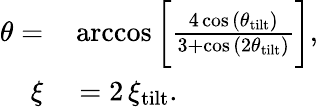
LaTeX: \begin{array}{rl}{\theta=}&{{}\operatorname{arccos}{\biggl[\frac{4\cos{(\theta_{\mathrm{tilt}})}}{3+\cos{(2\theta_{\mathrm{tilt}})}}\biggl]},}\\ {\xi}&{{}=2\, \xi_{\mathrm{tilt}}.}\end{array}